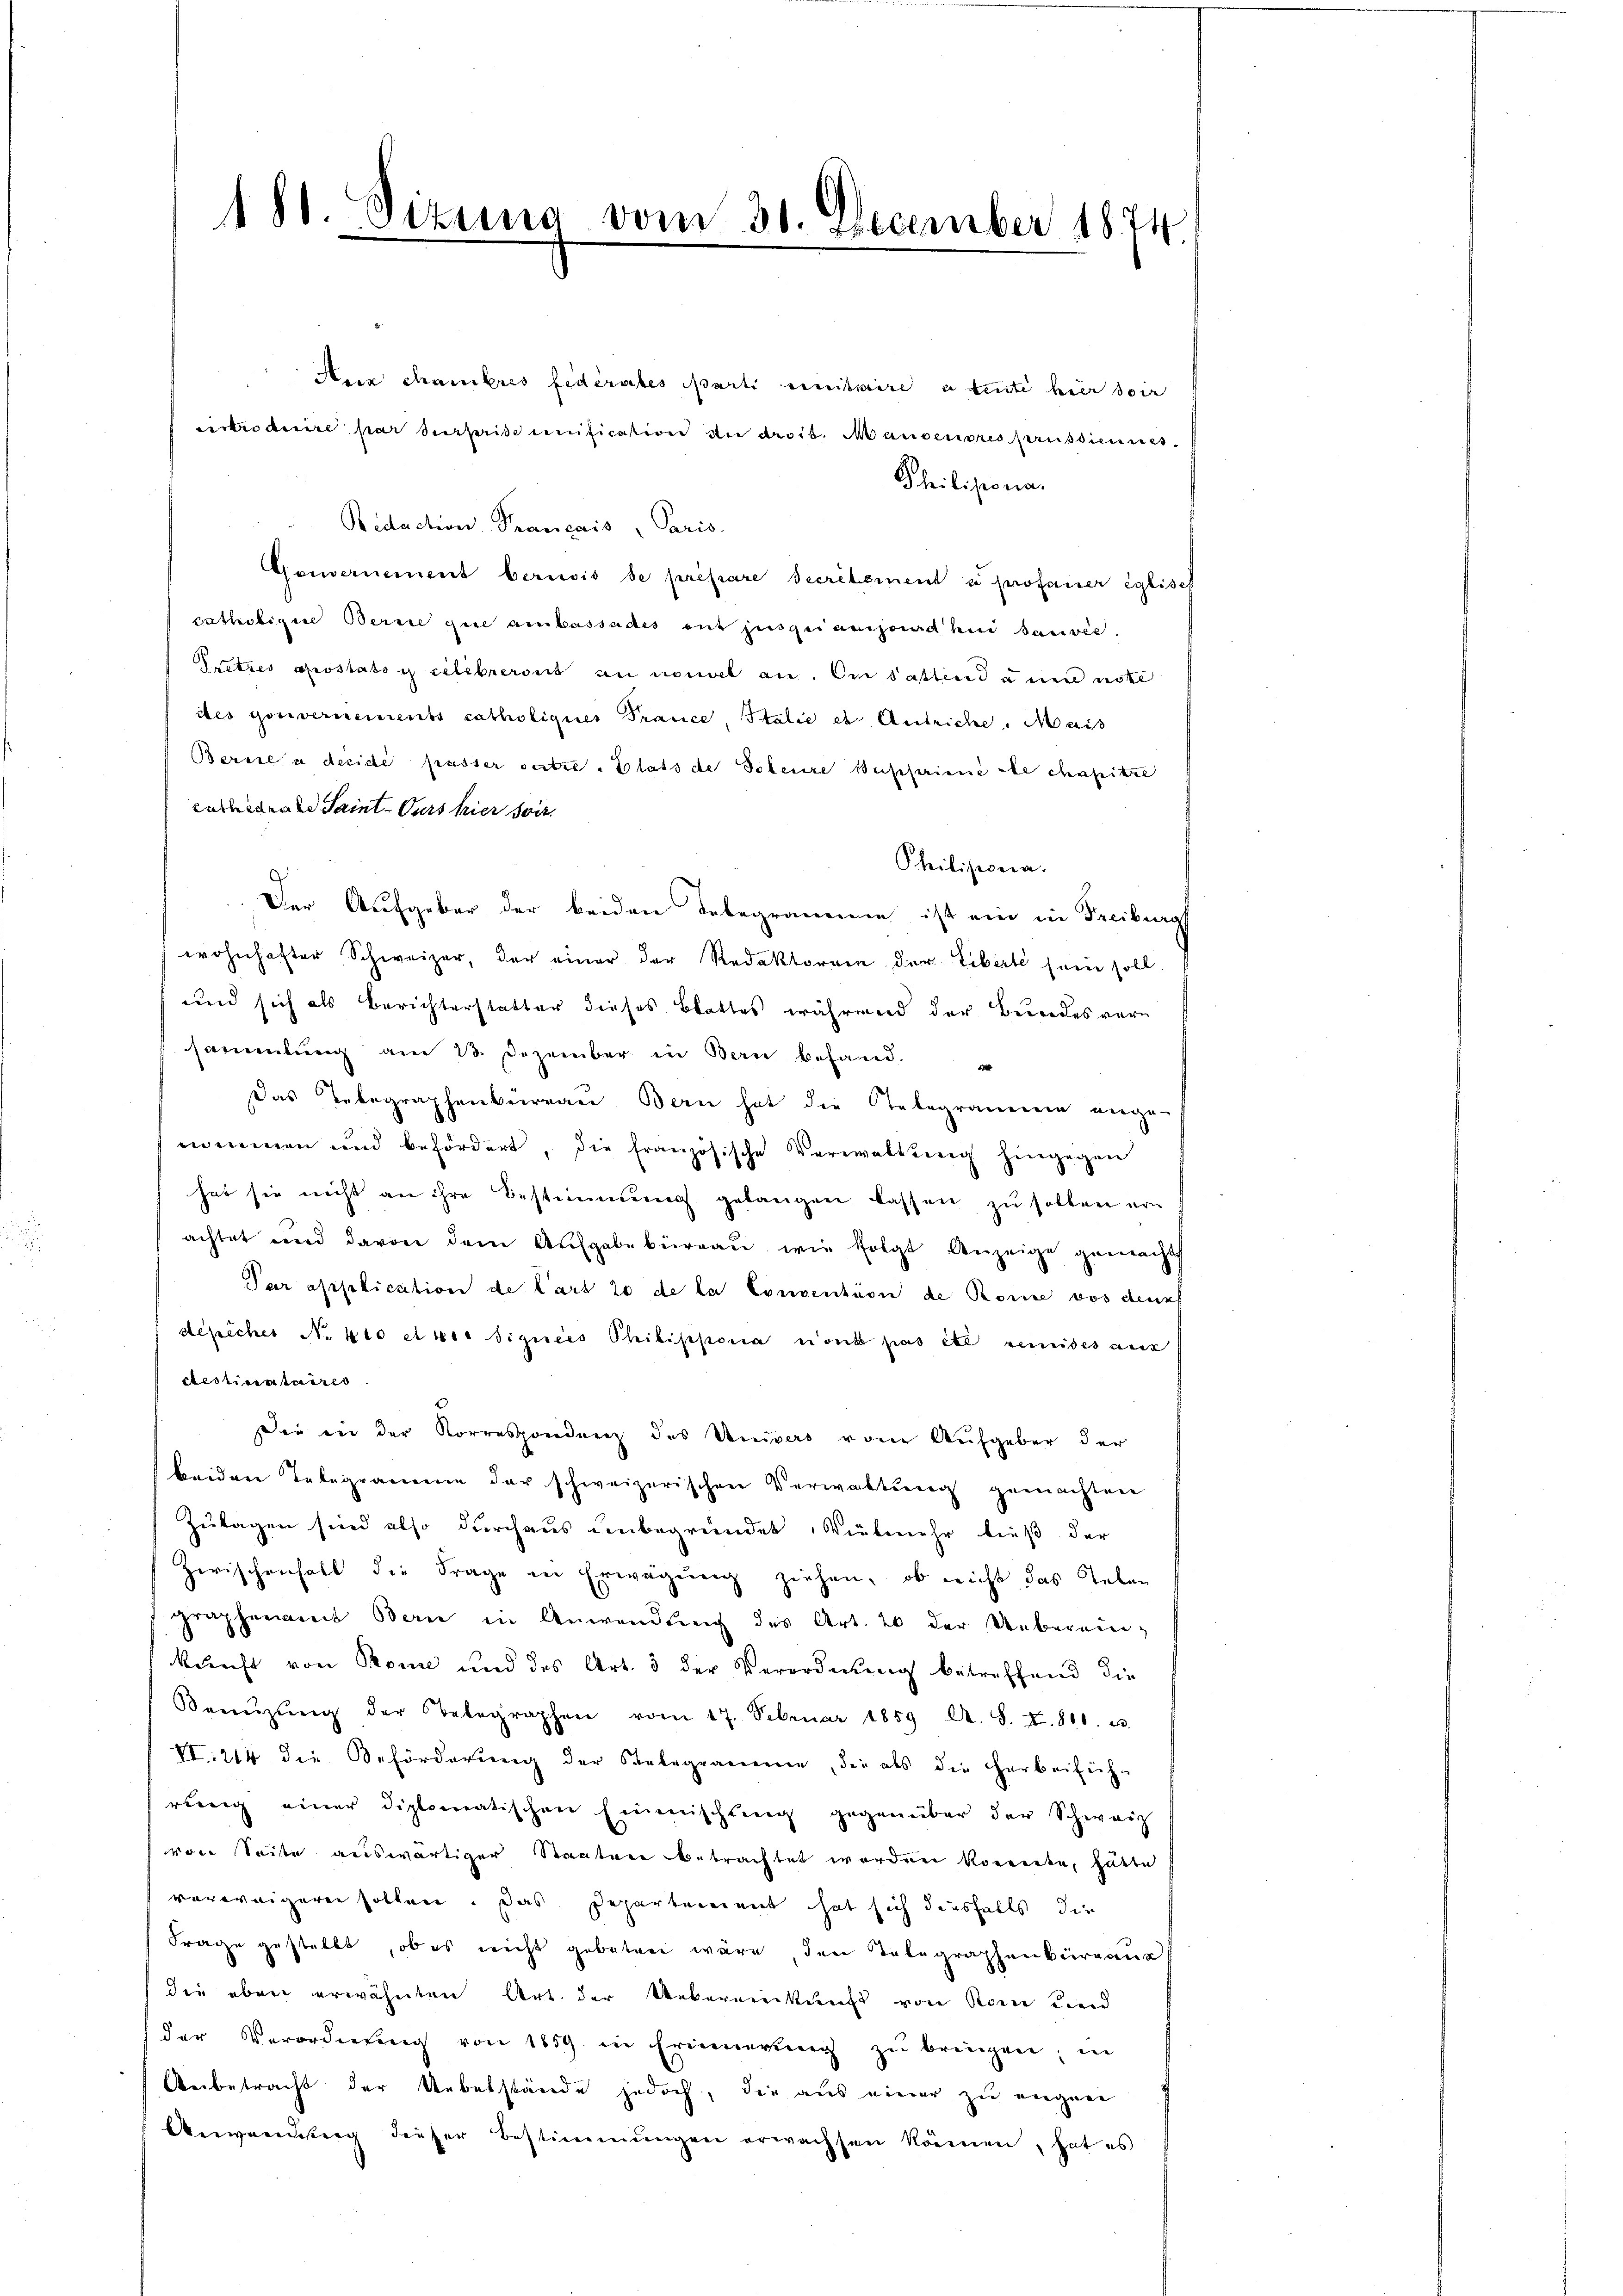
188 Sizung vom 30. December 1874.

Aer chambres federates arti einitaire a tente hier soir
maire par deheiß unification an die Mandeners ausdiene
Philisiona
Redaction Français, Paris.
Gouvernement berusis de préfare Secretement à profaner Eglisch
catholigne Berne gute ambassades ent jusquianisard hin Bauvée.
Pretzes apostato i celebreront an nouvel an. Am Sattend anen note
des Gouvernements catholiques Prance, Italie es Antriche. Mais
Berne à decidi passer setze. Glats de Polenze Beisprimé de chapitre
zuredene Saint- Curs hier soit.
Philisiona
Der Aufgeber der beiden Delegramme ist ein in Freiburg
wohnhafter Schweizer, der einer der Redaktoren der Tibirte sein soll.
und sich als Berichterstatter dieses Blattes während der Bundesver
sammlung am 23. Dezember in Bern behand-
Das Telegraphenbureau. Bern hat die Telegrammenen ange-
nommen und behördert, die französische Verwaltung hingegen
hat sie nicht an ihre Bestimmung gelangen lassen zu sollen ern
achtet und davon dem Aufgabebüreaŭ wie folgt Anzeige gemacht
Par application de Cart 20 de la Consention de Romine vor deunf
depicher N. 4to etwas signées Philippona non pas été remides aus
destinataires.
Die in der Korrespondenz des Univers vom Aufgeber der
beiden Telegramme der schweizerischen Verwaltung gemachten
Zulagen sind also durchaus unbegründet, Vielmehr ließ der
Zwischenhalt die Frage in Erwägŭng ziehen, ob nicht das Leben
graphenamt Bern in Anwendung des Art. 20 der Ueberein-
kunft von Prome und des Art. 3 der Verordnung betreffend die
Benŭtzŭng der Telegraphen vom 17. Februar 1859 A. S. X. 810. u
VI 214 die Beförderung der Salegramme, die als die Herbeifüh-
rung einer diplomatischen Einmischŭng gegenüber der Schweiz
von Seite auswärtiger Staaten betrachtet worden konnte, hätte
verweigern sollen. Das Departement hat sich diesfalls die
Frage gestellt, ob es nicht geboten wäre den Telegraphenbüreaus
die aber erwähnten Art. der Uebereinkunft von Rome Kind
der Verordnung von 1859 in Erinnerŭng zŭ bringen; in
Anbetracht der Uebelstände jedoch, die aus einer zu eigne
Anwendung dieser Bestimmungen erwachsen können, hat es